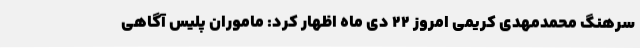
سرهنگ محمدمهدی کریمی امروز 22 دی ماه اظهار کرد: ماموران پلیس آگاهی